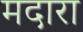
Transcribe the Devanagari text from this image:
मदारा